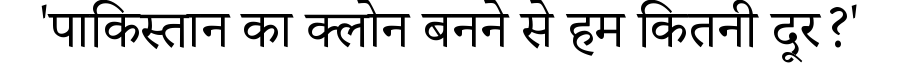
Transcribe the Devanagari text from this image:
'पाकिस्तान का क्लोन बनने से हम कितनी दूर?'